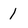
Character: 1